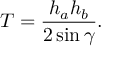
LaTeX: T = { \frac { h _ { a } h _ { b } } { 2 \sin \gamma } } .